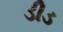
ડીડ